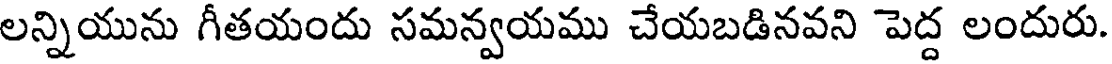
లన్నియును గీతయందు సమన్వయము చేయబడినవని పెద్ద లందురు.